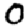
Digit: 0